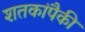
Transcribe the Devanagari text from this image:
शतकांपैकी